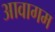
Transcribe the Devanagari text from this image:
आवागम